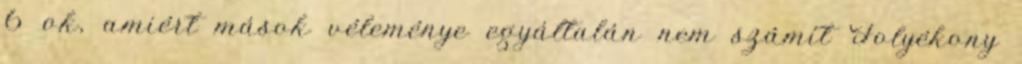
6 ok, amiért mások véleménye egyáltalán nem számít Folyékony